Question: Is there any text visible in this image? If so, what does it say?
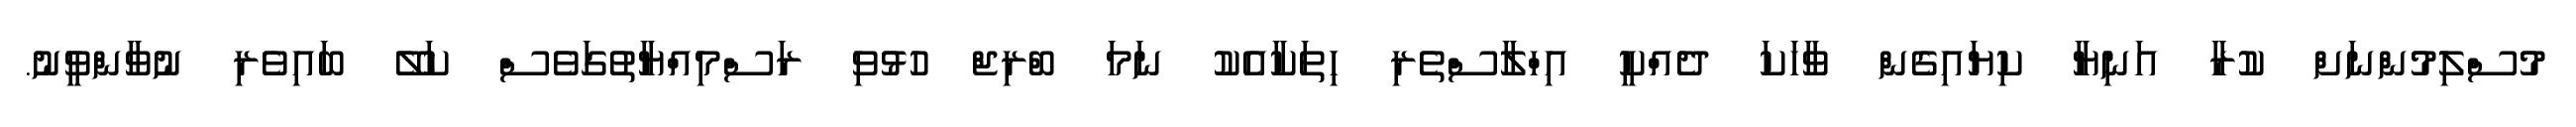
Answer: މުސްލިމުންނަށް ކުރާ އަނިޔާ ކިޔައިގެން ވާހަކަ ދެއްކީ އިހްލާސްތެރި ހިތަކާއެކު ނަމަ ބްރިޖް ހުޅުވި ރަސްމިއްޔާތުގަވެސް ކަލޭ ބައިވެރި ނުވާންވީނު.